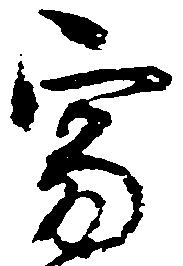
寂